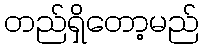
တည်ရှိတော့မည်